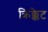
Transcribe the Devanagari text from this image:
क्रिक्केट